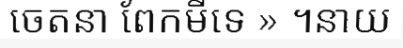
ចេតនា ពែកមីទេ » ។នាយ